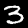
Label: 3